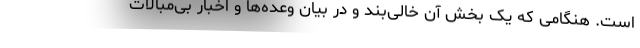
است. هنگامی که یک بخش آن خالی‌بند و در بیان وعده‌ها و اخبار بی‌مبالات